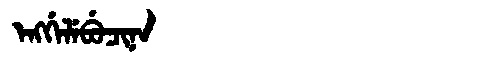
Manchu: ᡝᠩᡤᡝᠯᡝᠪᡠᠴᡳᠨᠠ
Romanization: ENGGELEBUCINA